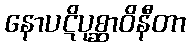
နောပဋိပုစ္ဆာဝိနီတာ